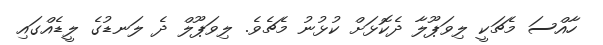
ހާއްސަ މެޗަކީ ލިވަޕޫލާ ދެކޮޅަށް ކުޅުނު މެޗެވެ. ލިވަޕޫލް ދެ ލަނޑުގެ ލީޑެއްގައި